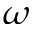
\omega